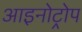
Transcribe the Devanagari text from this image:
आइनोट्रोप